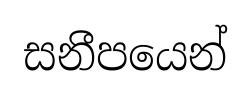
සනීපයෙන්